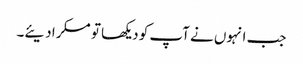
جب انہوں نے آپ کو دیکھا تو مسکرا دیئے۔